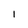
Character: I